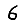
Digit: 6